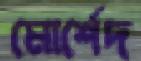
মোর্শেদ